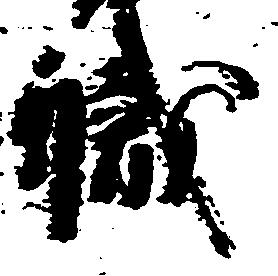
職